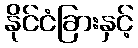
နိုင်ငံခြားနှင့်